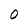
Character: 0